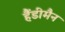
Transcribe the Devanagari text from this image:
हैंडीमैन